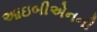
આઇબીએનની